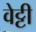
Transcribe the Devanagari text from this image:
वेट्टी